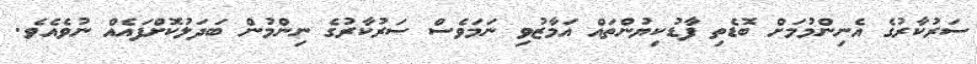
ސަރުކާރުގެ އެނިންމުމަށް ބޮޑެތި ފާޑުކިޔުންތައް އަމާޒުވި ނަމަވެސް ސަރުކާރުގެ ނިންމުން ބަދަލުކޮށްފައެއް ނުވެއެވެ.